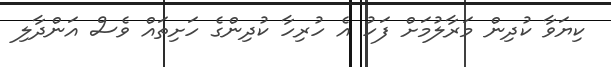
ކިޔަވާ ކުދިން މަރާލުމަށް ފަހު އެ ހުރިހާ ކުދިންގެ ހަށިތައް ވެސް އަންދާލި